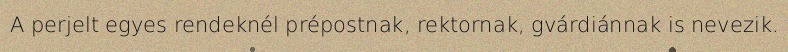
A perjelt egyes rendeknél prépostnak, rektornak, gvárdiánnak is nevezik.